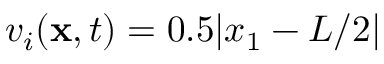
v _ { i } ( \mathbf { x } , t ) = 0 . 5 | x _ { 1 } - L / 2 |